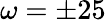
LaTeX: \omega=\pm 25